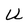
Character: U